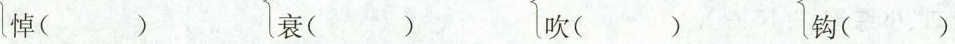
悼( ) 衰( ) 吹( ) 钩( )